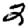
Digit: 2